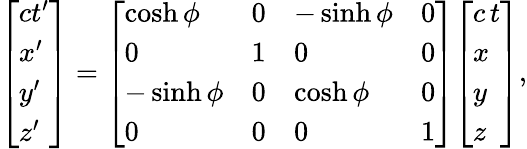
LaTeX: {\left[\begin{array}{l}{ct^{\prime}}\\ {x^{\prime}}\\ {y^{\prime}}\\ {z^{\prime}}\end{array}\right]}={\left[\begin{array}{llll}{\cosh\phi}&{0}&{-\sinh\phi}&{0}\\ {0}&{1}&{0}&{0}\\ {-\sinh\phi}&{0}&{\cosh\phi}&{0}\\ {0}&{0}&{0}&{1}\end{array}\right]}{\left[\begin{array}{l}{c\, t}\\ {x}\\ {y}\\ {z}\end{array}\right]},